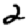
Digit: 2